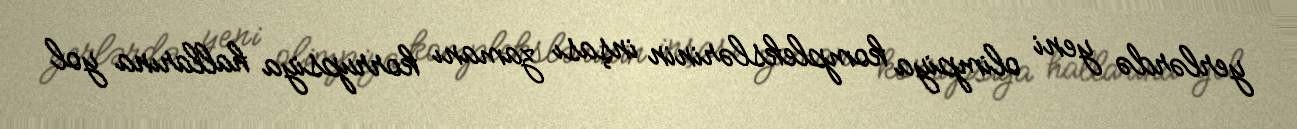
yerlərdə yeni olimpiya komplekslərinin inşası zamanı korrupsiya hallarına yol